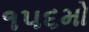
૧૫૬મો